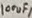
Text: 100uF